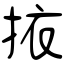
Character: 挔